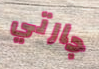
جارتي